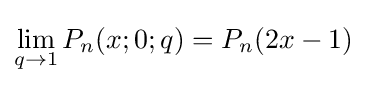
\displaystyle \lim _{q\to 1}P_{n}(x;0;q)=P_{n}(2x-1)